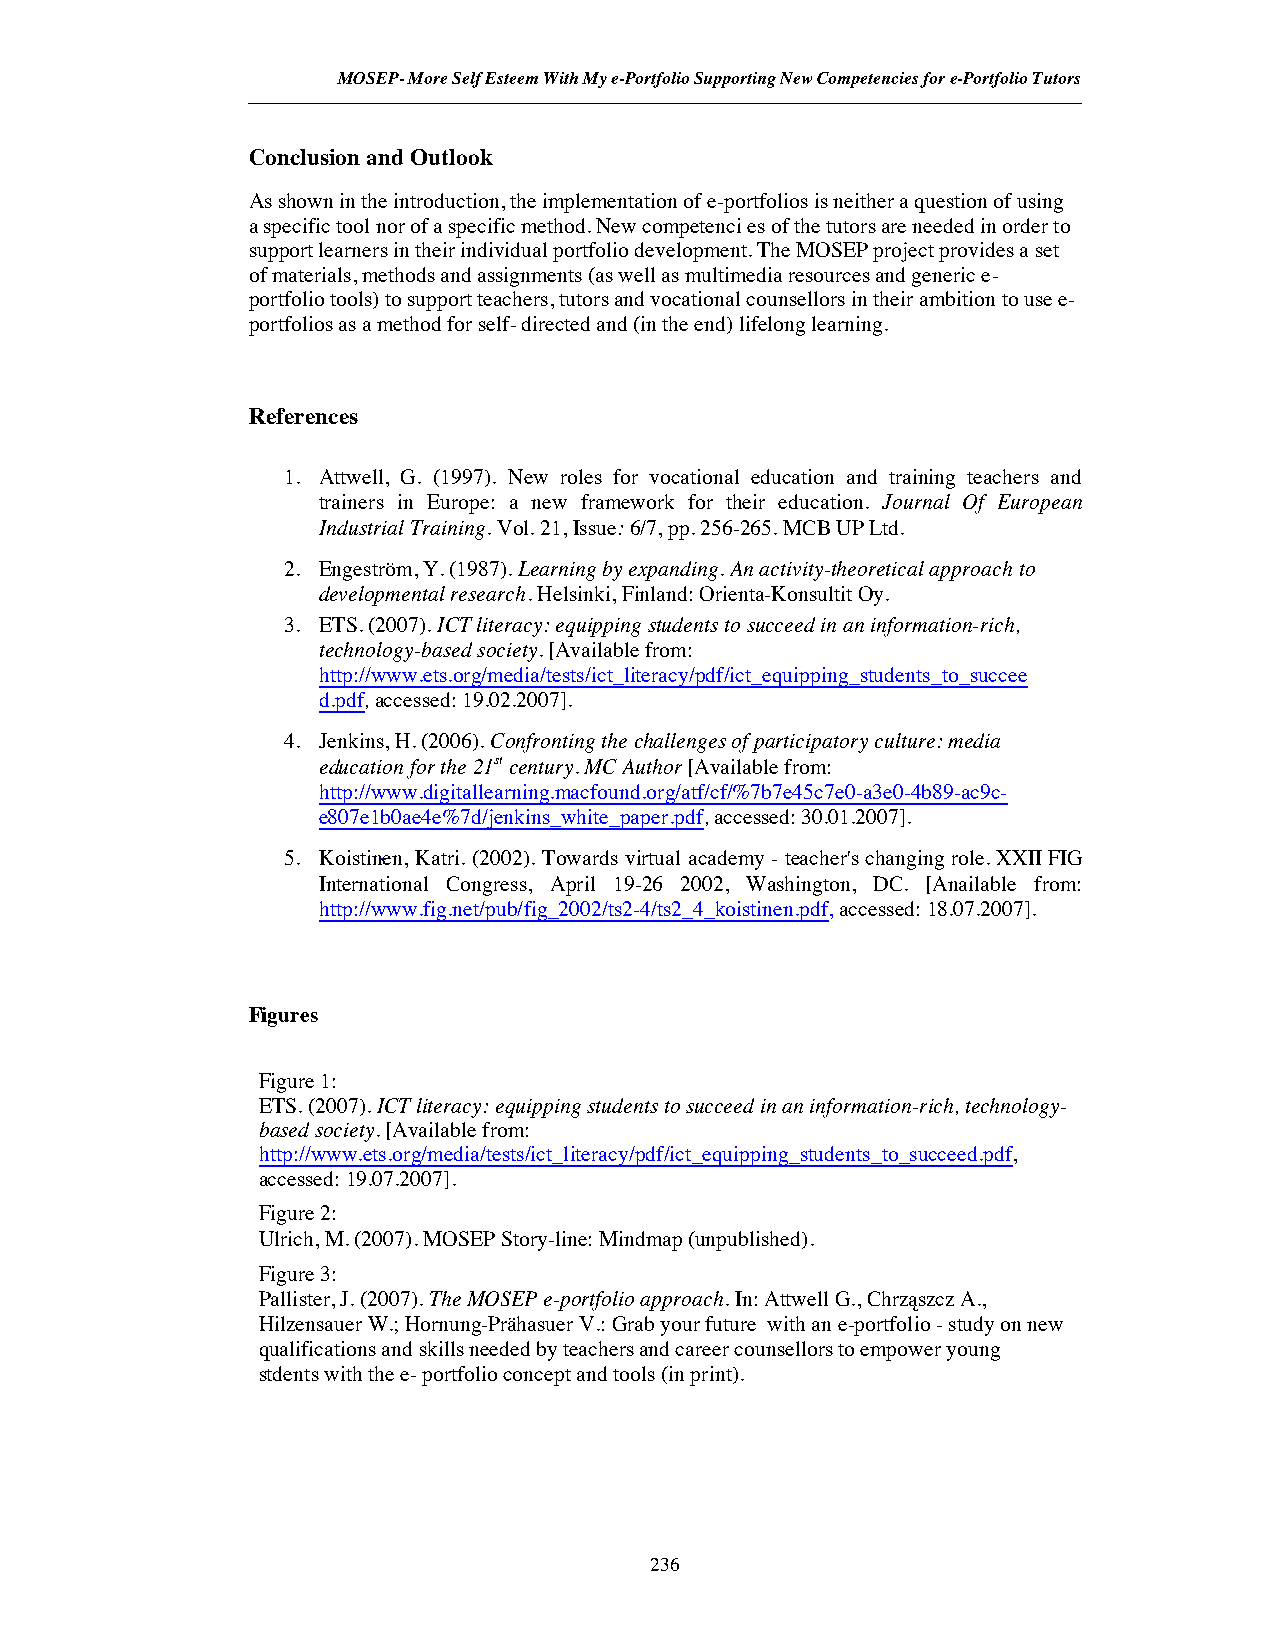
MOSEP- More Self Esteem With My e-Portfolio Supporting New Competencies for e-Portfolio Tutors
 Conclusion and Outlook
 As shown in the introduction, the implementation of e-portfolios is neither a question of using
 a specific tool nor of a specific method. New competenci es of the tutors are needed in order to
 support learners in their individual portfolio development. The MOSEP project provides a set
 of materials, methods and assignments (as well as multimedia resources and generic e-
 portfolio tools) to support teachers, tutors and vocational counsellors in their ambition to use e-
 portfolios as a method for self- directed and (in the end) lifelong learning.
 References
 1. Attwell, G. (1997). New roles for vocational education and training teachers and
 trainers in Europe: a new framework for their education. Journal Of European
 IndustrialTraining.Vol. 21,Issue:6/7, pp. 256-265. MCB UP Ltd.
 2. Engeström, Y. (1987).Learning by expanding. An activity-theoretical approach to
 developmental research.Helsinki, Finland: Orienta-KonsultitOy.
 3. ETS. (2007).ICT literacy: equippingstudents tosucceed in aninformation-rich,
 technology-basedsociety. [Available from:
 http://www.ets.org/media/tests/ict_literacy/pdf/ict_equipping_students_to_succee
 d.pdf,accessed: 19.02.2007].
 4. Jenkins, H. (2006).Confronting thechallenges ofparticipatoryculture: media
 education for the21stcentury. MC Author [Available from:
 http://www.digitallearning.macfound.org/atf/cf/%7b7e45c7e0-a3e0-4b89-ac9c-
 e807e1b0ae4e%7d/jenkins_white_paper.pdf,accessed: 30.01.2007].
 5. Koistinen, Katri. (2002). Towards virtual academy - teacher's changing role. XXII FIG
 International Congress, April 19-26 2002, Washington, DC. [Anailable from:
 http://www.fig.net/pub/fig_2002/ts2-4/ts2_4_koistinen.pdf,accessed:18.07.2007].
 Figures
 Figure 1:
 ETS. (2007).ICT literacy: equippingstudents tosucceed in aninformation-rich, technology-
 basedsociety. [Available from:
 http://www.ets.org/media/tests/ict_literacy/pdf/ict_equipping_students_to_succeed.pdf,
 accessed:19.07.2007].
 Figure 2:
 Ulrich, M. (2007). MOSEP Story-line: Mindmap(unpublished).
 Figure 3:
 Pallister, J. (2007).TheMOSEP e-portfolio approach. In: AttwellG., Chrząszcz A.,
 HilzensauerW.; Hornung-Prähasuer V.: Grab your future with an e-portfolio- study on new
 qualifications and skills needed by teachers and career counsellors to empower young
 stdents with the e-portfolio concept and tools(in print).
 236